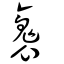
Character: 褢